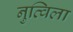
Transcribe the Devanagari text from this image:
नुव्विला